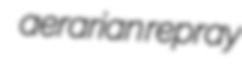
aerarian repray